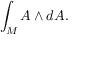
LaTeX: \int _ { M } A \wedge d A .